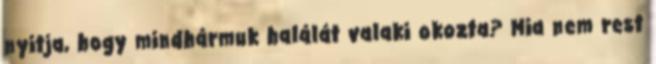
nyitja, hogy mindhármuk halálát valaki okozta? Mia nem rest